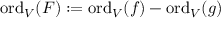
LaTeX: { \mathrm { o r d } } _ { V } ( F ) : = { \mathrm { o r d } } _ { V } ( f ) - { \mathrm { o r d } } _ { V } ( g )